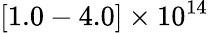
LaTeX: [1.0-4.0]\times 10^{14}